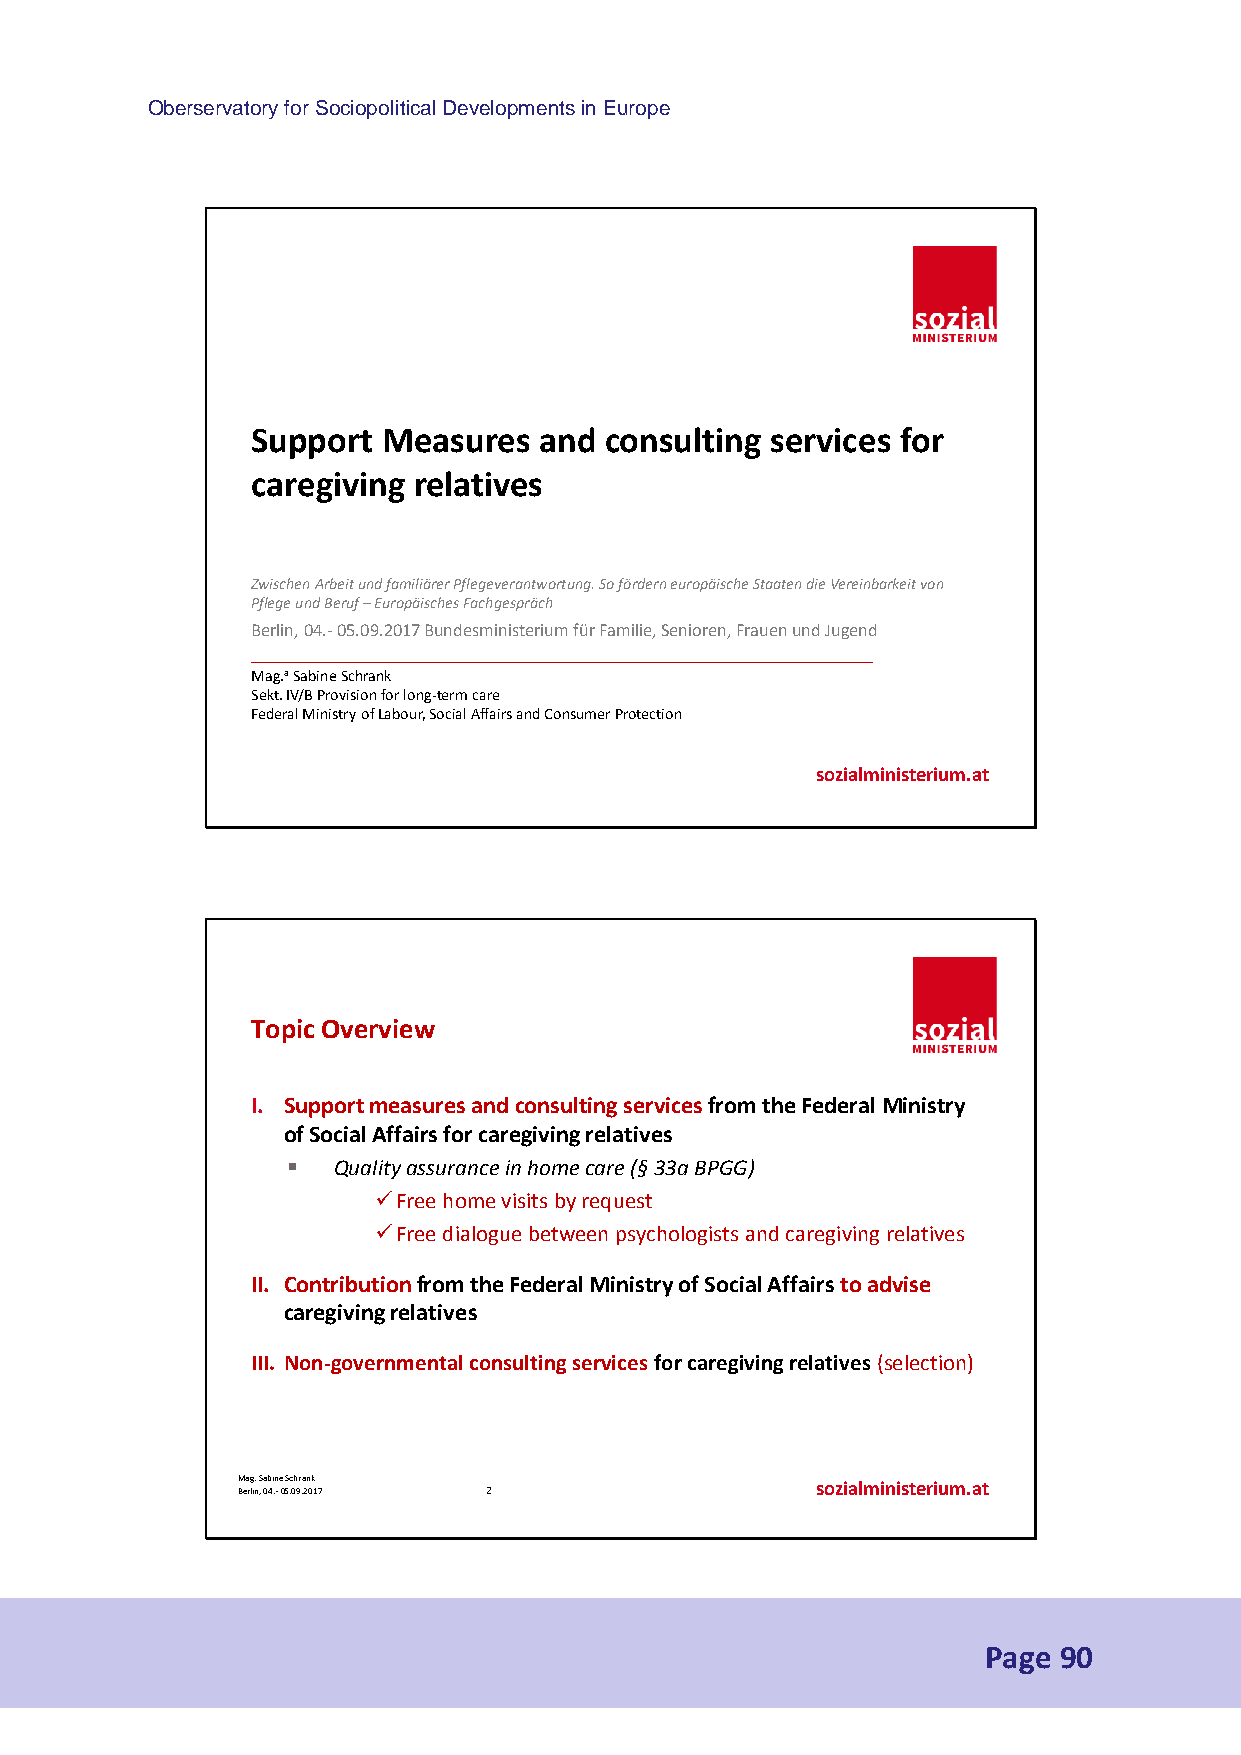
Oberservatory for Sociopolitical Developments in Europe
 Support Measures   and consulting services for
 caregiving relatives
 Zwischen Arbeit und familiärer Pflegeverantwortung. So fördern europäische Staaten die Vereinbarkeit von
 Pflege und Beruf –Europäisches Fachgespräch
 Berlin, 04.-05.09.2017 Bundesministerium für Familie, Senioren, Frauen und Jugend
 ______________________________________________________
 Mag.aSabine Schrank
 Sekt. IV/B Provision for long-term care
 Federal Ministry of Labour, Social Affairs and Consumer Protection
 sozialministerium.at
 Topic Overview
 I. Support measuresandconsulting services from the Federal Ministry
 of Social Affairs for caregiving relatives
   Quality assurance in home care (§33a BPGG)
 Free home visits by request
 Free dialogue between psychologists and caregiving relatives
 II. Contribution from the Federal Ministry of Social Affairs to advise
 caregiving relatives
 III. Non-governmental consulting services for caregiving relatives (selection)
 M Bea rg li. n S , a 0b 4i .n -e 0 5Sc .0h 9r .a 2n 0k 17 2 sozialministerium.at
 Page 90